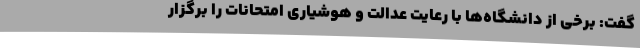
گفت: برخی از دانشگاه‌ها با رعایت عدالت و هوشیاری امتحانات را برگزار